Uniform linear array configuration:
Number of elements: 48
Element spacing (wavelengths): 0.75
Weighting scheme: uniform
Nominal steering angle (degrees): -60
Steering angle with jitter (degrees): -61.313
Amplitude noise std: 0.05
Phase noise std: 0.05

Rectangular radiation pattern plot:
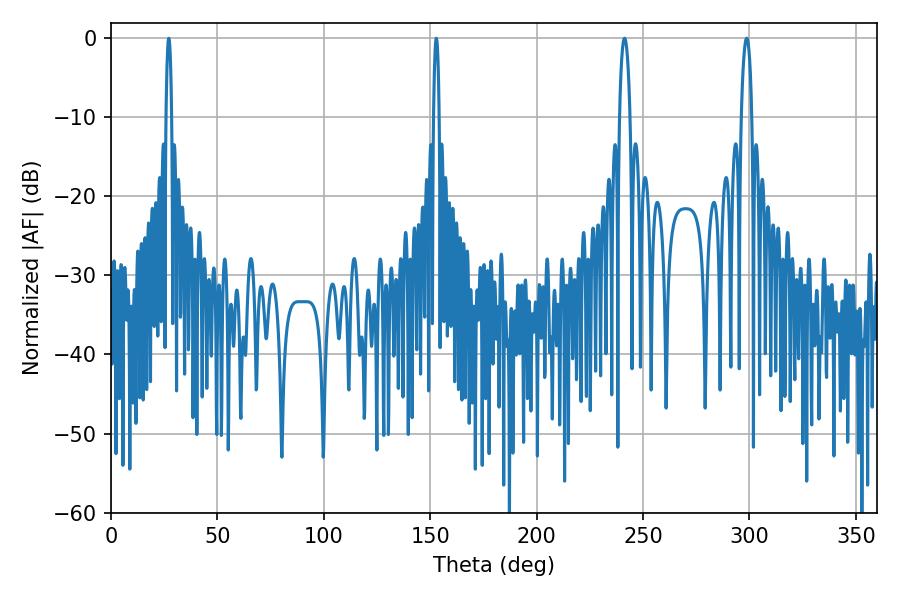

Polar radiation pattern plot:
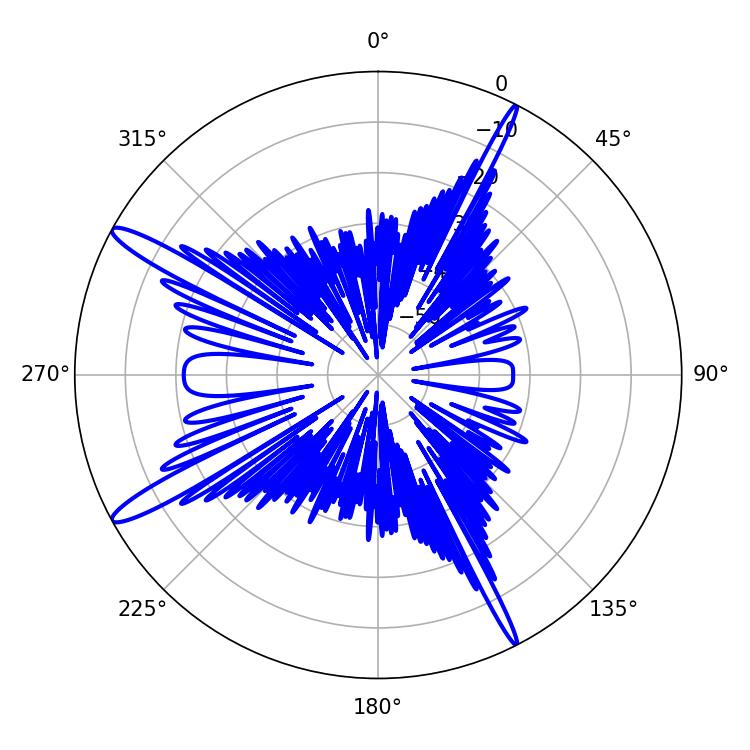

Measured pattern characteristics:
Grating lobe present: TRUE
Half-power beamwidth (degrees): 1.44
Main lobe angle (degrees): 152.82